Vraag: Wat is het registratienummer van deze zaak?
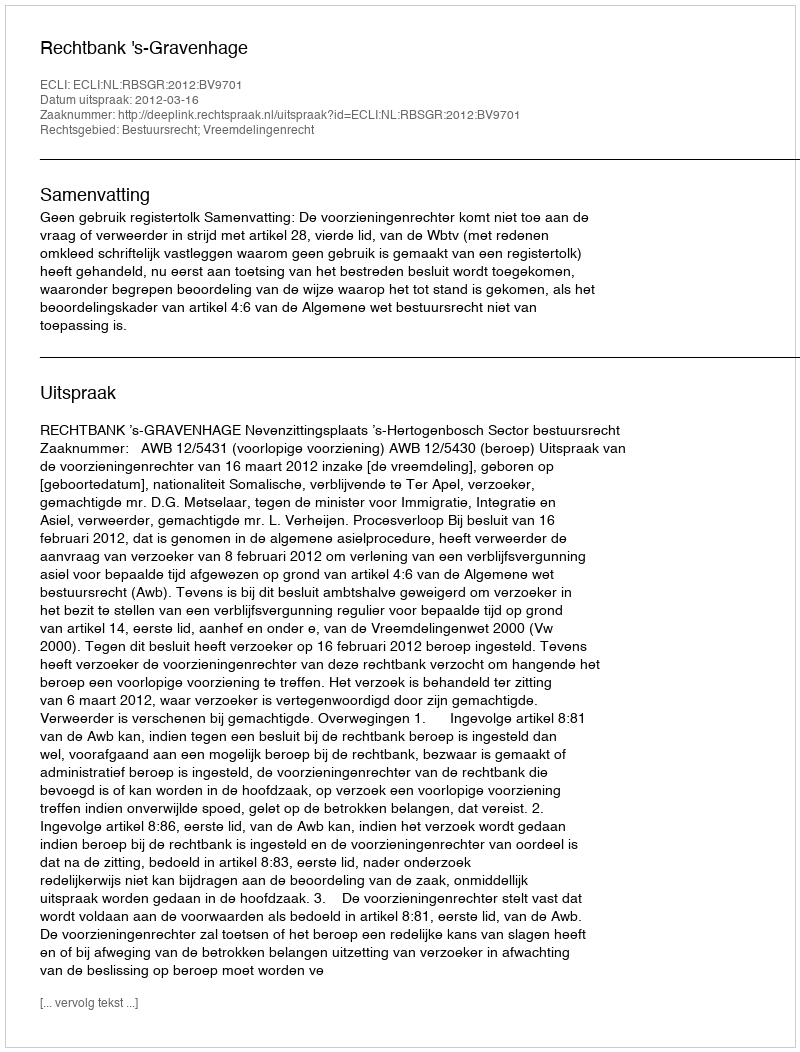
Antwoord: http://deeplink.rechtspraak.nl/uitspraak?id=ECLI:NL:RBSGR:2012:BV9701